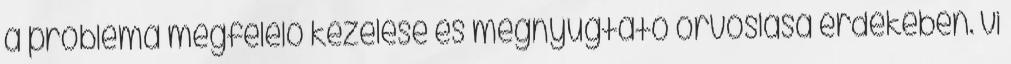
a probléma megfelelő kezelése és megnyugtató orvoslása érdekében. vi